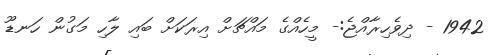
1942 - ދިވެހިރާއްޖެ:- މީހެއްގެ މައްޗަށް އިރަކަށް ބައި ލާހި މަގުން ހަނޑޫ